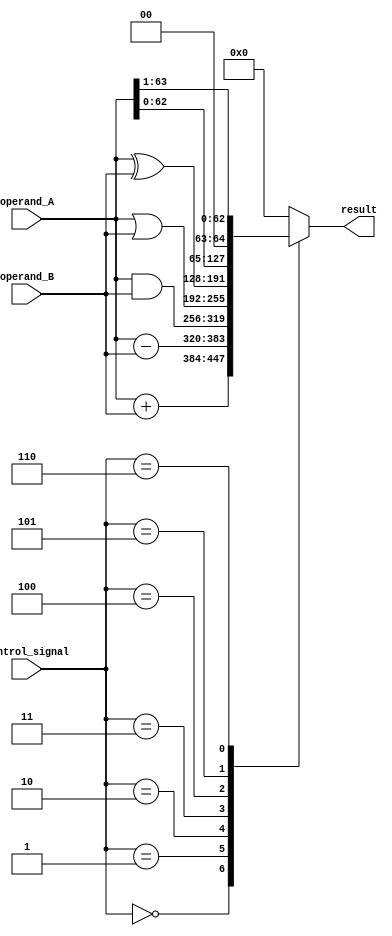
module ALU_64bit (
    input [63:0] operand_A,
    input [63:0] operand_B,
    input [2:0] control_signal,
    output reg [63:0] result
);

always @(*) begin
    case (control_signal)
        3'b000: result = operand_A + operand_B; // Addition
        3'b001: result = operand_A - operand_B; // Subtraction
        3'b010: result = operand_A & operand_B; // Bitwise AND
        3'b011: result = operand_A | operand_B; // Bitwise OR
        3'b100: result = operand_A ^ operand_B; // Bitwise XOR
        3'b101: result = operand_A << 1; // Left shift
        3'b110: result = operand_A >> 1; // Right shift
        default: result = 64'b0; // Default case
    endcase
end

endmodule